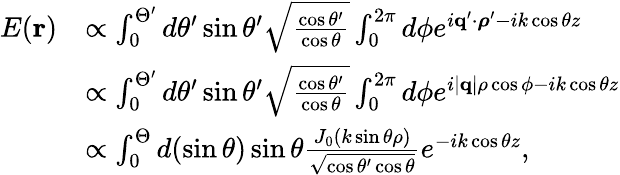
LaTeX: \begin{array}{rl}{E(\mathbf{r})}&{\propto\int_{0}^{\Theta^{\prime}}d\theta^{\prime}\sin\theta^{\prime}\sqrt{\frac{\cos\theta^{\prime}}{\cos\theta}}\int_{0}^{2\pi}d\phi e^{i\mathbf{q}^{\prime}\cdot\boldsymbol{\rho}^{\prime}-ik\cos\theta z}}\\ &{\propto\int_{0}^{\Theta^{\prime}}d\theta^{\prime}\sin\theta^{\prime}\sqrt{\frac{\cos\theta^{\prime}}{\cos\theta}}\int_{0}^{2\pi}d\phi e^{i|\mathbf{q}|\rho\cos\phi-ik\cos\theta z}}\\ &{\propto\int_{0}^{\Theta}d(\sin\theta)\sin\theta\frac{J_{0}(k\sin\theta\rho)}{\sqrt{\cos\theta^{\prime}\cos\theta}}e^{-ik\cos\theta z},}\end{array}